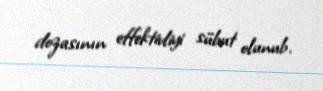
dozasının effektivliyi sübut olunub.